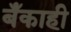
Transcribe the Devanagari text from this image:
बँकाही